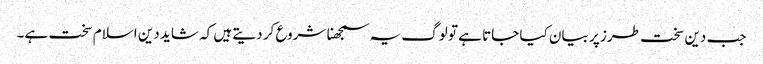
جب دین سخت طرز پر بیان کیا جاتا ہے تو لوگ یہ سمجھنا شروع کر دیتے ہیں کہ شاید دین اسلام سخت ہے۔